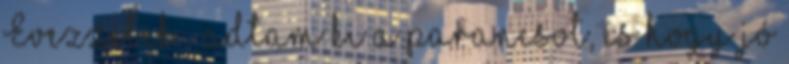
Evezzetek – adtam ki a parancsot, és hogy jó